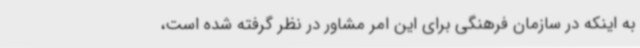
به اینکه در سازمان فرهنگی برای این امر مشاور در نظر گرفته شده است،